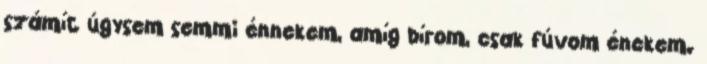
számít úgysem semmi énnekem, amíg bírom, csak fúvom énekem.